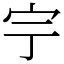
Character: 𡧃